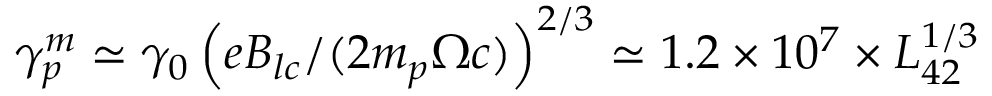
\gamma _ { p } ^ { m } \simeq \gamma _ { 0 } \left( e B _ { l c } / ( 2 m _ { p } \Omega c ) \right) ^ { 2 / 3 } \simeq 1 . 2 \times 1 0 ^ { 7 } \times L _ { 4 2 } ^ { 1 / 3 }